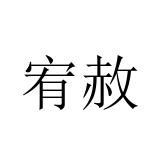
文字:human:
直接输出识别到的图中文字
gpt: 宥赦